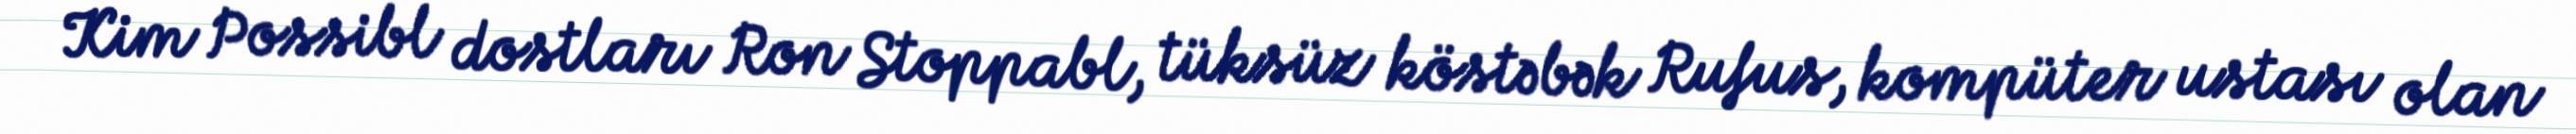
Kim Possibl dostları Ron Stoppabl, tüksüz köstəbək Rufus, kompüter ustası olan